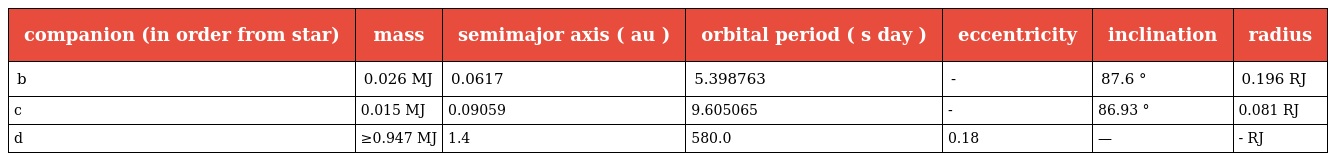
| companion (in order from star) | mass | semimajor axis ( au ) | orbital period ( s day ) | eccentricity | inclination | radius |
 | --- | --- | --- | --- | --- | --- | --- |
 | b | 0.026 MJ | 0.0617 | 5.398763 | - | 87.6 ° | 0.196 RJ |
 | c | 0.015 MJ | 0.09059 | 9.605065 | - | 86.93 ° | 0.081 RJ |
 | d | ≥0.947 MJ | 1.4 | 580.0 | 0.18 | — | - RJ |